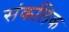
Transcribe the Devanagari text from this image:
संकलिक